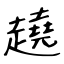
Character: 趬